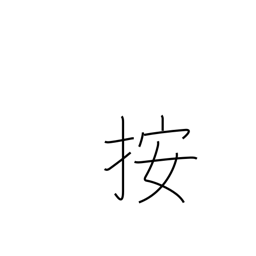
Meaning: hold